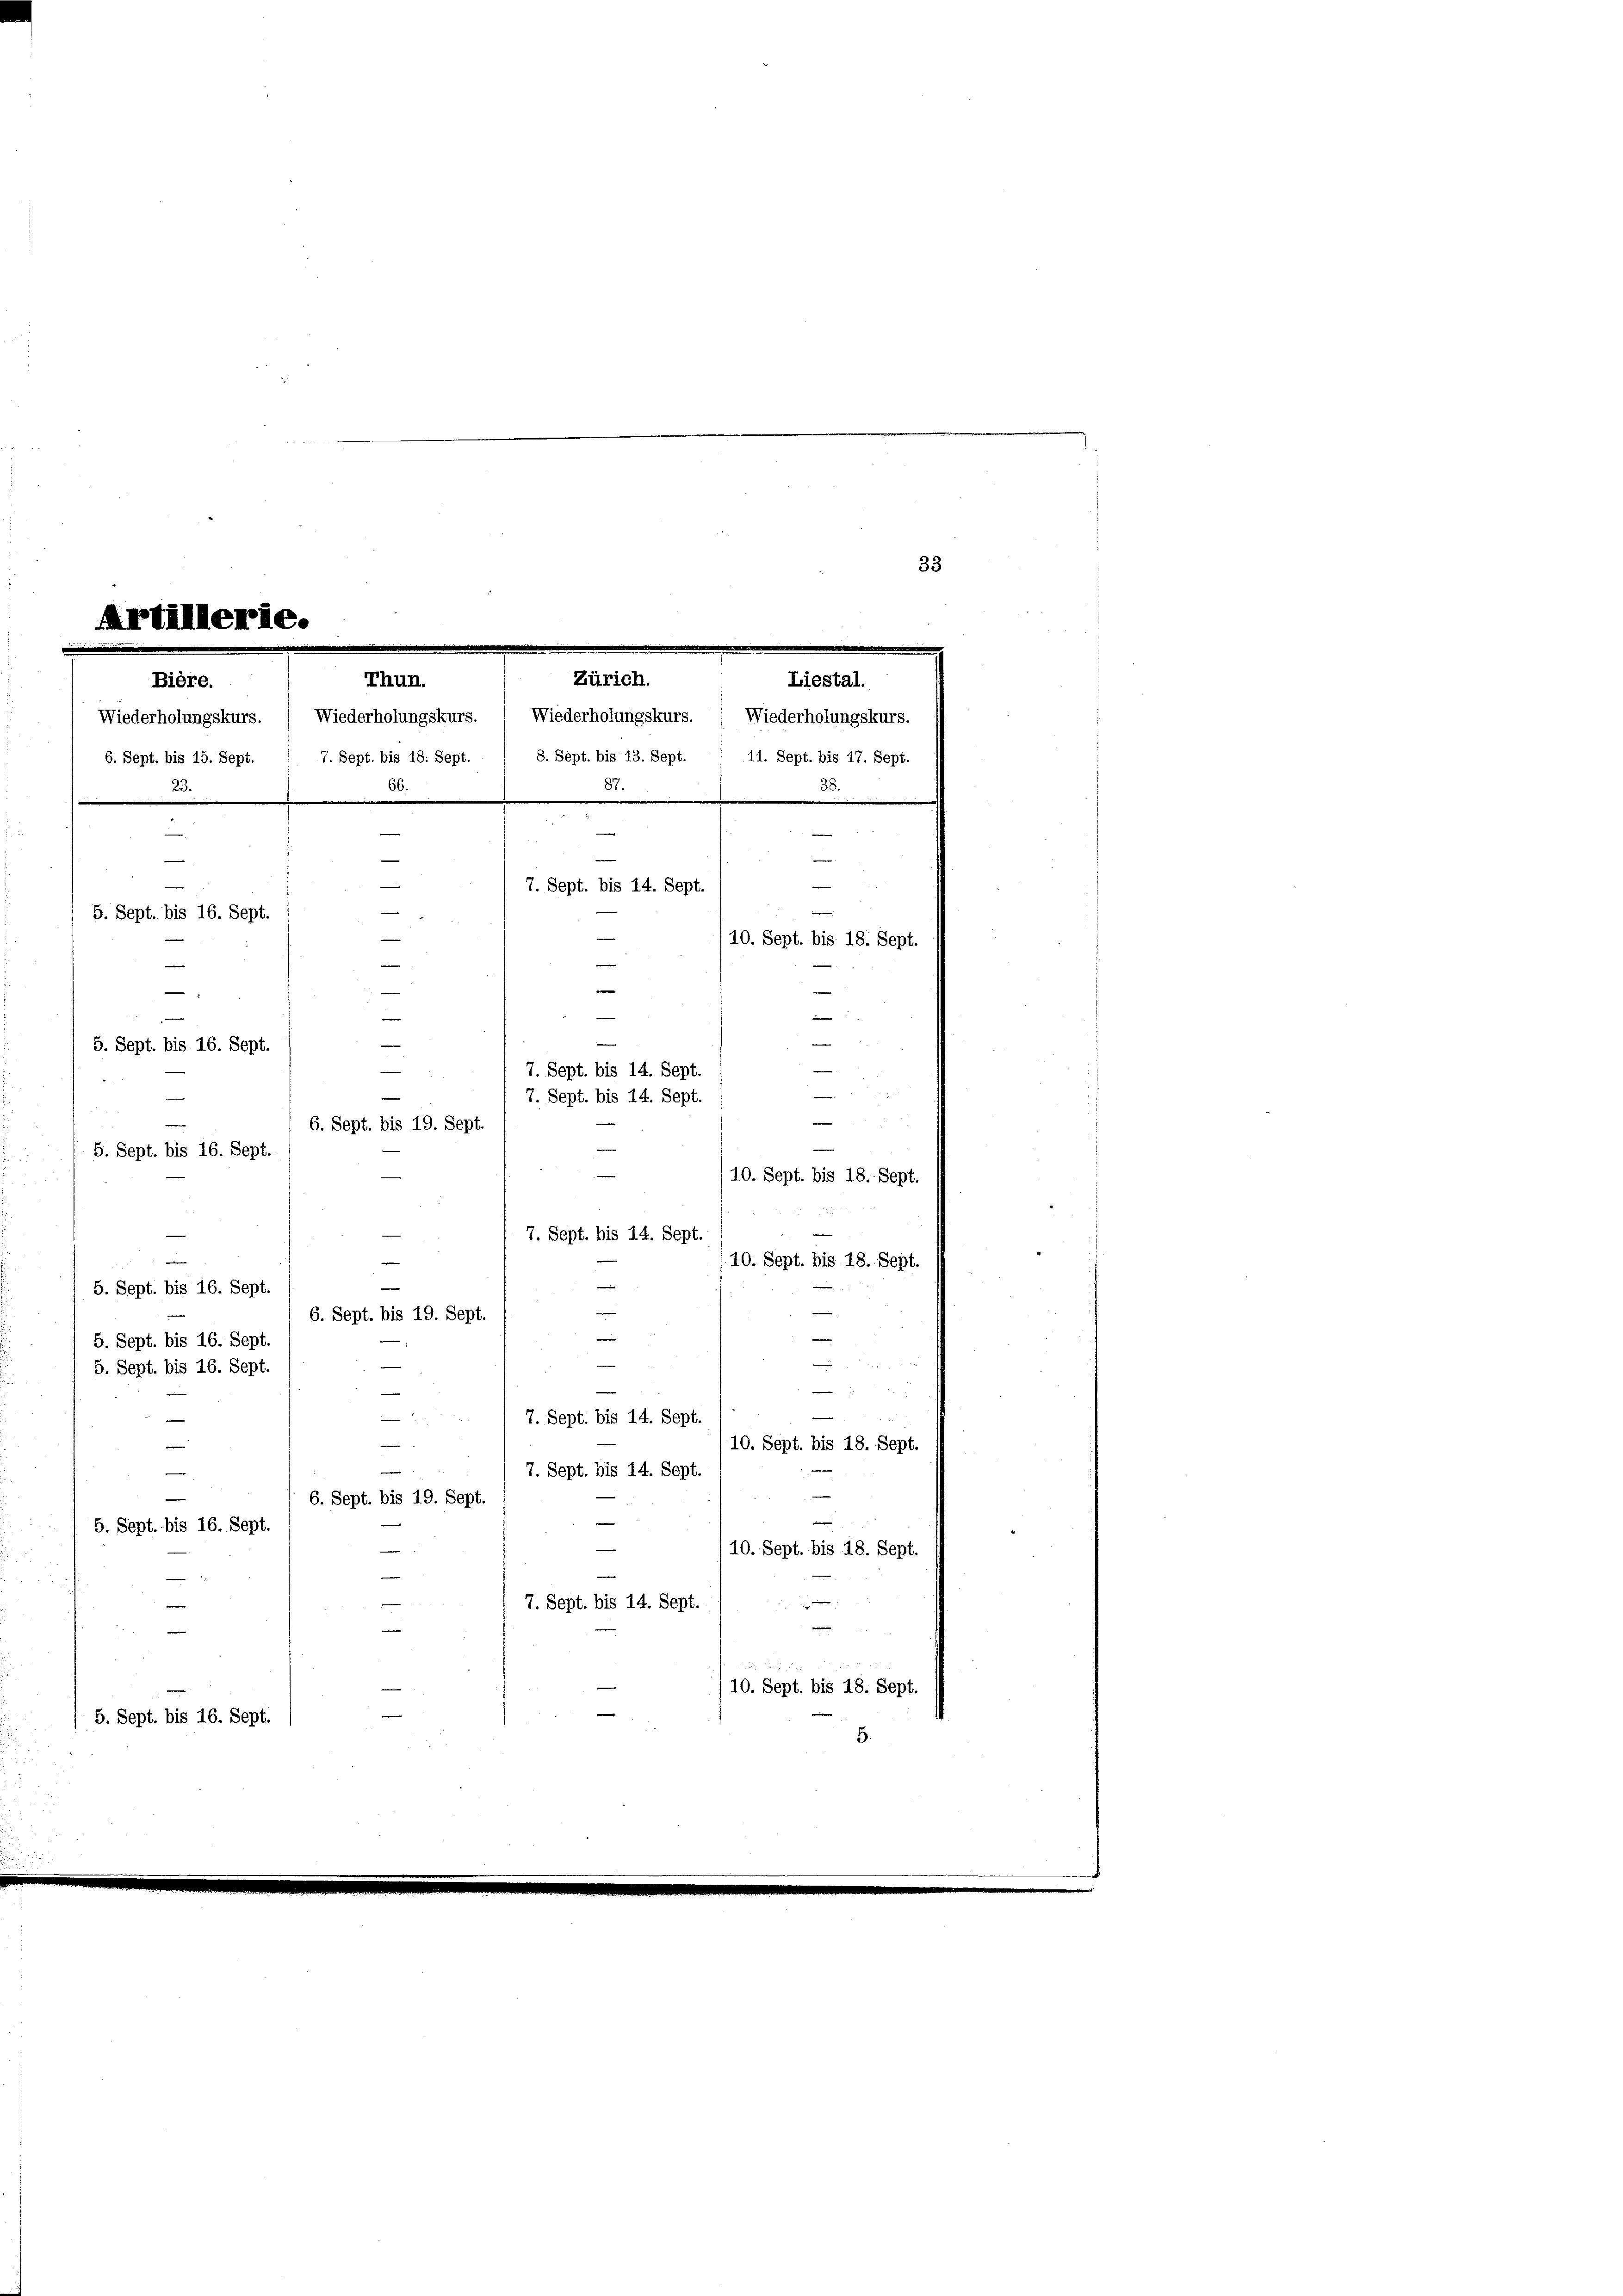
Liestal.
6. Sept. bis 15. Sept. 1 7. Sept. bis 18. Sept. / 8. Sept. bis 13. Sept. 1 11. Sept. bis 17. Sept.
66.
38.
87.
 2
e
e
—
—
e
.
—
7. Sept. bis 14. Sept.
e
—
5. Sept. bis 16. Sept.
e
10. Sept. bis 18. Sept.
e
e
e
—
8
e
i
-
e
5. Sept. bis 16. Sept.
—
—
7. Sept. bis 14. Sept.
e
¬
7. Sept. bis 14. Sept.
e

6. Sept. bis 19. Sept.

Artillerie.
Zürich.
Thun.
Bière.
Wiederholungskurs. ( Wiederholungskurs. Wiederholungskurs. ( Wiederholungskurs.

5. Sept. bis 16. Sept.

5. Sept. bis 16. Sept.
5. Sept. bis 16. Sept.
8 x
5. Sept. bis 16. Sept.

—
v
e
7. Sept. bis 14. Sept.
e
e
10. Sept. bis 18. Sept.
7. Sept. bis 14. Sept.

e
6. Sept. bis 19. Sept.
5. Sept. bis 16. Sept
e
/10. Sept. bis 18. Sept.
—

e
7. Sept. bis 14. Sept.
e
10. Sept. bis 18. Sept.
5. Sept. bis 16. Sept.
5.

2
10. Sept. bis 18. Sept.

7. Sept. bis 14. Sept.
10. Sept. bis 18. Sept.
e
6. Sept. bis 19. Sept.
—
e

—

33